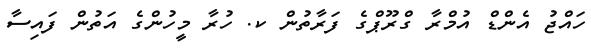
ހައްޖު އެންޑް އުމްރާ ގްރޫޕްގެ ފަރާތުން ކ. ހުރާ މީހުންގެ އަތުން ފައިސާ